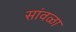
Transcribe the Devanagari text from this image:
सांवळा